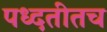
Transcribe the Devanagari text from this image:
पध्दतीतच